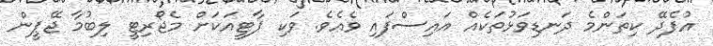
އުފެދޭ ކިތަންމެ ދަނޑިވަޅުތަކެއް އައިސްފައި ވެއެވެ. ވަކި ޕާޓީއަކަށް މެޖޯރިޓީ ލިބުމާ ޖޭޕީން